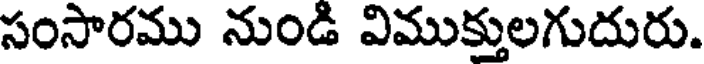
సంసారము నుండి విముక్తులగుదురు.